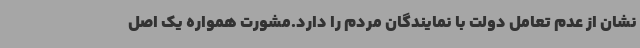
نشان از عدم تعامل دولت با نمایندگان مردم را دارد.مشورت همواره یک اصل